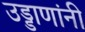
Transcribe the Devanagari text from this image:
उड्डाणांनी